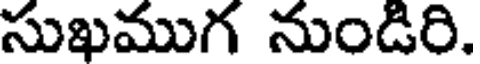
సుఖముగ నుండిరి.